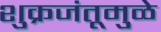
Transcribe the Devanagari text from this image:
शुक्रजंतूमुळे